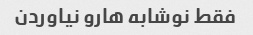
فقط نوشابه هارو نیاوردن